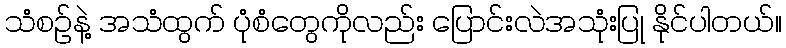
သံစဉ်နဲ့ အသံထွက် ပုံစံတွေကိုလည်း ပြောင်းလဲအသုံးပြု နိုင်ပါတယ်။